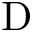
\mathrm { D }